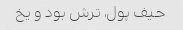
حیف پول، ترش بود و یخ